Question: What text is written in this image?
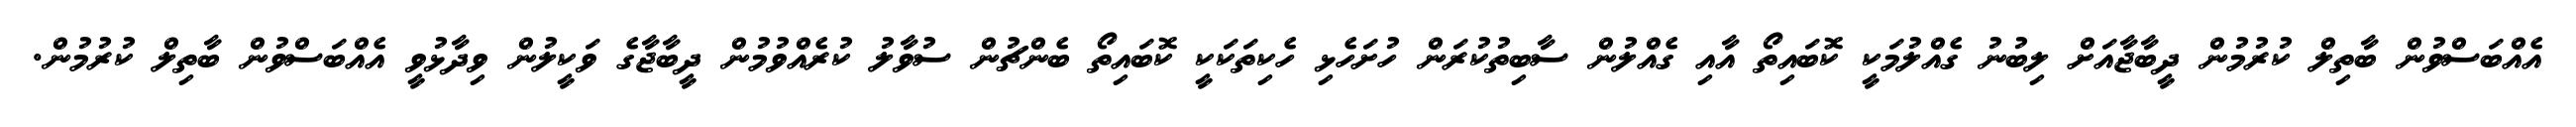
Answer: އެއްބަސްވުން ބާތިލް ކުރުމުން ދީބާޖާއަށް ލިބުނު ގެއްލުމަކީ ކޮބައިތޯ އާއި ގެއްލުން ސާބިތުކުރަން ހުށަހެޅި ހެކިތަކަކީ ކޮބައިތޯ ބެންޗުން ސުވާލު ކުރެއްވުމުން ދީބާޖާގެ ވަކީލުން ވިދާޅުވީ އެއްބަސްވުން ބާތިލް ކުރުމުން.